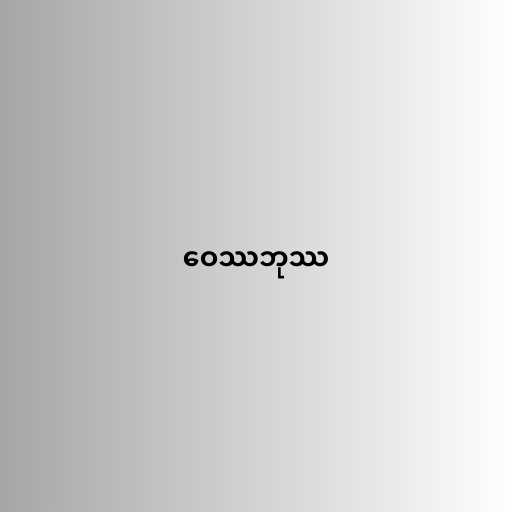
ဝေဿဘုဿ